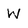
Character: W